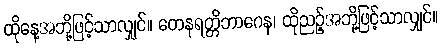
ထိုနေ့အဘို့ဖြင့်သာလျှင်။ တေနရတ္တိဘာဂေန၊ ထိုညဉ့်အဘို့ဖြင့်သာလျှင်။